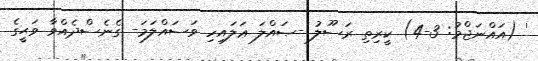
' (އައްނަޖްމު: 3-4) ކީރިތި ރަސޫލު -ޞައްލަ ޢަލައިހި ވަސައްލަމަ- ގެނެސްދެއްވާ ވަޙީގެ